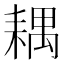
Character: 耦